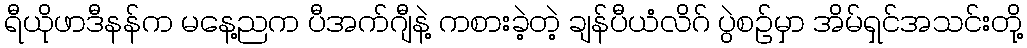
ရီယိုဖာဒီနန်က မနေ့ညက ပီအက်ဂျီနဲ့ ကစားခဲ့တဲ့ ချန်ပီယံလိဂ် ပွဲစဉ်မှာ အိမ်ရှင်အသင်းတို့